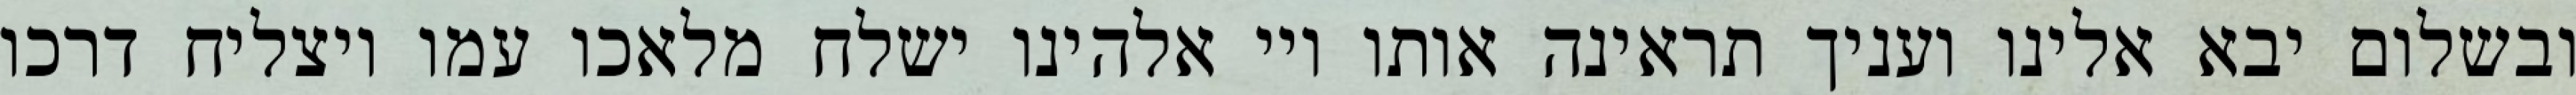
ובשלום יבא אלינו ועניך תראינה אותו ויי אלהינו ישלח מלאכו עמו ויצליח דרכו